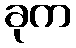
ခုက